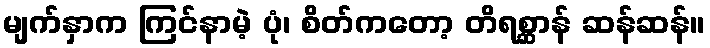
မျက်နှာက ကြင်နာမဲ့ ပုံ၊ စိတ်ကတော့ တိရစ္ဆာန် ဆန်ဆန်။